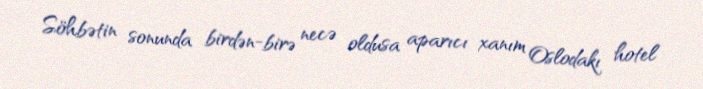
Söhbətin sonunda birdən-birə necə oldusa aparıcı xanım Oslodakı hotel